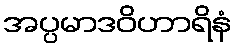
အပ္ပမာဒဝိဟာရိနံ